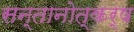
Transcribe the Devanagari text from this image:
सन्तानोत्कर्ष